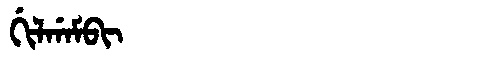
Manchu: ᡤᡳᠯᡤᠠᠮᠪᡳ
Romanization: GILGAMBI